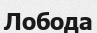
Лобода